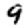
Digit: 9